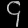
Digit: ၄